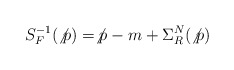
\begin{align*}S_{F}^{-1}(\not{p})=\not{p}-m+\Sigma _{R}^{N}(\not{p})\end{align*}